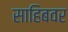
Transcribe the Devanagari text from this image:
साहिबवर